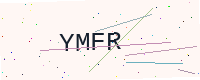
Text: YMFR